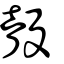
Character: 瞉